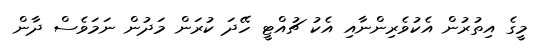
މީގެ އިތުރުން އެކުވެރިންނާއި އެކު ޗުއްޓީ ހޭދަ ކުރަން މަދުން ނަމަވެސް ދާން